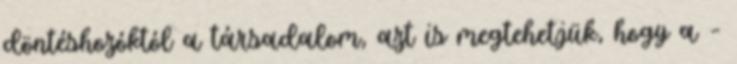
döntéshozóktól a társadalom, azt is megtehetjük, hogy a –